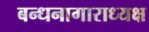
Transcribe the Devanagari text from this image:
बन्धनागाराध्यक्ष